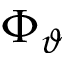
\Phi _ { \vartheta }